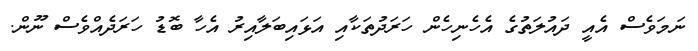
ނަމަވެސް އެއީ ދައުލަތުގެ އެހެނިހެން ހަރަދުތަކާއި އަޅައިބަލާއިރު އެހާ ބޮޑު ހަރަދެއްވެސް ނޫން.